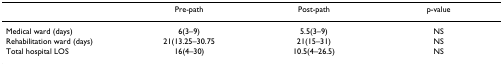
|  | Pre-path | Post-path | p-value |
 | --- | --- | --- | --- |
 | Medical ward (days) | 6(3–9) | 5.5(3–9) | NS |
 | Rehabilitation ward (days) | 21(13.25–30.75 | 21(15–31) | NS |
 | Total hospital LOS | 16(4–30) | 10.5(4–26.5) | NS |